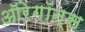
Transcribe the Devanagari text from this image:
ऑरेगॉन्स